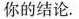
你的结论。